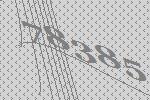
78385